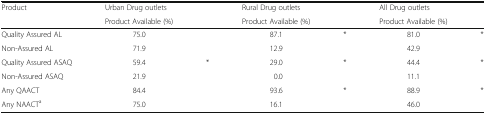
<table><thead><tr><td rowspan="2"><b>Product</b></td><td><b>Urban Drug outlets</b></td><td rowspan="2"></td><td><b>Rural Drug outlets</b></td><td rowspan="2"></td><td><b>All Drug outlets</b></td><td rowspan="2"></td></tr><tr><td><b>Product Available (%)</b></td><td><b>Product Available (%)</b></td><td><b>Product Available (%)</b></td></tr></thead><tbody><tr><td>Quality Assured AL</td><td>75.0</td><td rowspan="2"></td><td>87.1</td><td rowspan="2">*</td><td>81.0</td><td rowspan="2">*</td></tr><tr><td>Non-Assured AL</td><td>71.9</td><td>12.9</td><td>42.9</td></tr><tr><td>Quality Assured ASAQ</td><td>59.4</td><td rowspan="2">*</td><td>29.0</td><td rowspan="2">*</td><td>44.4</td><td rowspan="2">*</td></tr><tr><td>Non-Assured ASAQ</td><td>21.9</td><td>0.0</td><td>11.1</td></tr><tr><td>Any QAACT</td><td>84.4</td><td rowspan="2"></td><td>93.6</td><td rowspan="2">*</td><td>88.9</td><td rowspan="2">*</td></tr><tr><td>Any NAACT<sup>a</sup></td><td>75.0</td><td>16.1</td><td>46.0</td></tr></tbody></table>